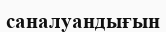
саналуандығын